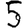
Digit: 5